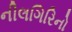
નીલગિરિનો